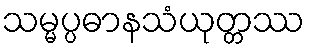
သမ္မပ္ပဓာနသံယုတ္တဿ